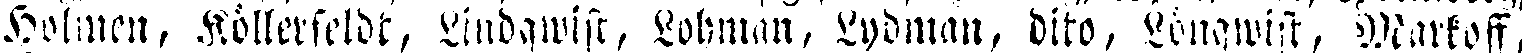
Holmen, Köllerfeldt, Lindqwist, Lohman, Lydman, dito, Lönqwist, Markoff,